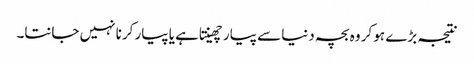
نتیجہ بڑے ہو کر وہ بچہ دنیا سے پیار چھینتا ہے یا پیار کرنا نہیں جانتا۔